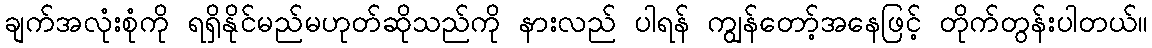
ချက်အလုံးစုံကို ရရှိနိုင်မည်မဟုတ်ဆိုသည်ကို နားလည် ပါရန် ကျွန်တော့်အနေဖြင့် တိုက်တွန်းပါတယ်။